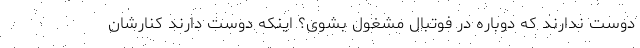
دوست ندارند که دوباره در فوتبال مشغول بشوی؟ اینکه دوست دارند کنارشان